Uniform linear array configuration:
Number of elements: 16
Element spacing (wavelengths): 0.5
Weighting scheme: kaiser
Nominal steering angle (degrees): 45
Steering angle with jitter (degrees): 43.262
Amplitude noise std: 0.05
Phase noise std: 0.05

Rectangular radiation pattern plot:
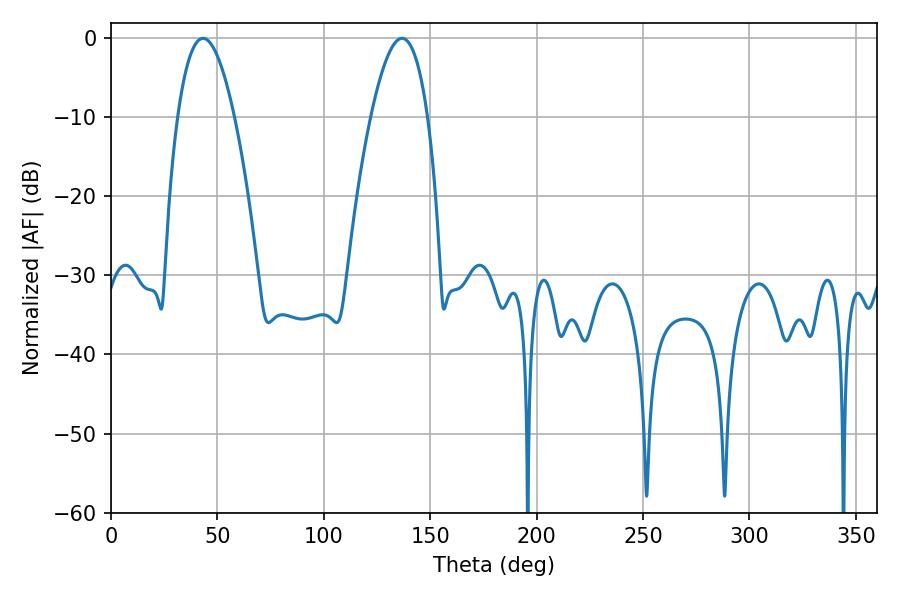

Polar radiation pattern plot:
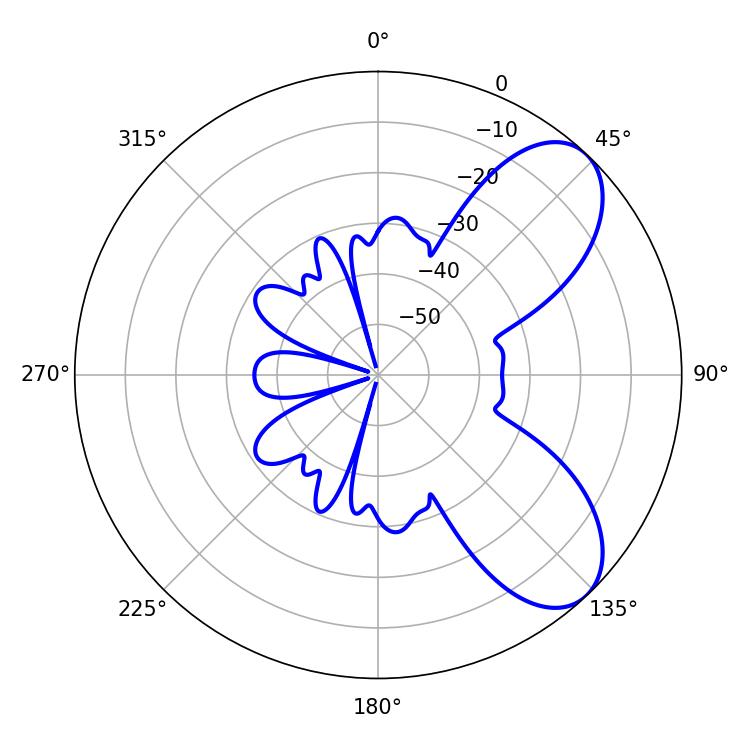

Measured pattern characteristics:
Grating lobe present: FALSE
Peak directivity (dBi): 7.221
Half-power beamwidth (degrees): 14.58
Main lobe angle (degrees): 43.2